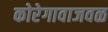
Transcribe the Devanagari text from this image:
कोरेगावाजवळ